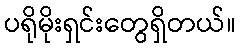
ပရိုမိုးရှင်းတွေရှိတယ်။